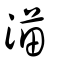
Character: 渵